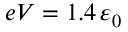
e V = 1 . 4 \, \varepsilon _ { 0 }